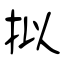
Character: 拟